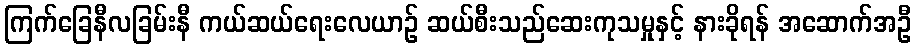
ကြက်ခြေနီလခြမ်းနီ ကယ်ဆယ်ရေးလေယာဉ် ဆယ်စီးသည်ဆေးကုသမှုနှင့် နားခိုရန် အဆောက်အဦ